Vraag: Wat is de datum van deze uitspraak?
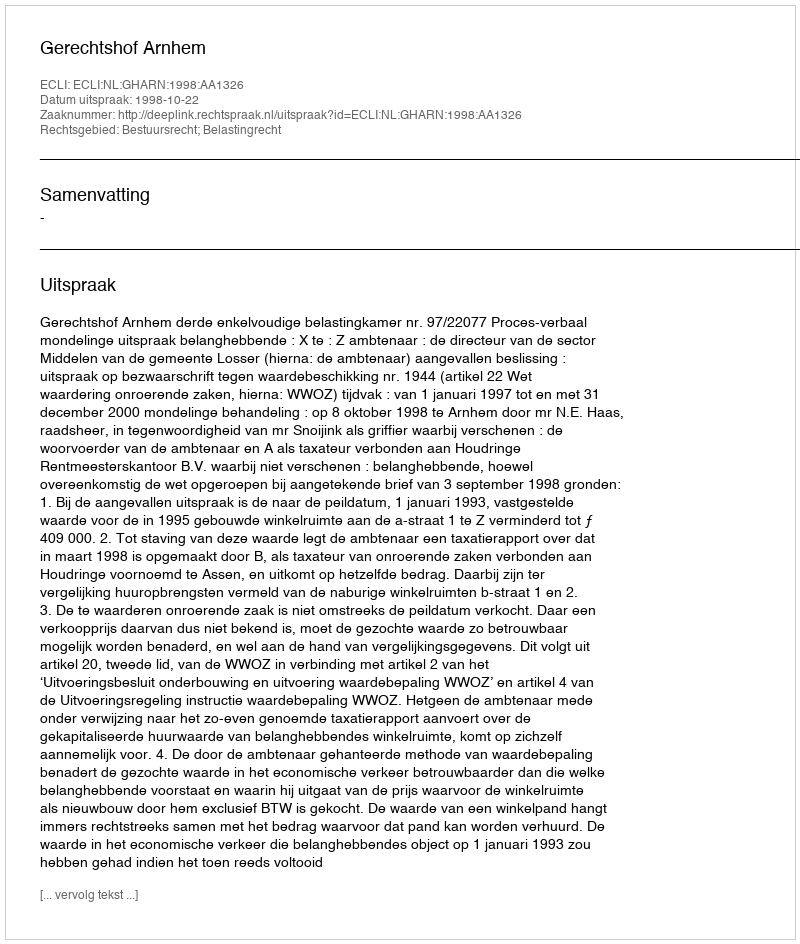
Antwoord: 1998-10-22